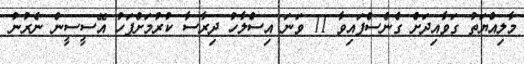
މާލިއްޔަތު ގަވާއިދަށް ގެނެސްފައިވާ 11 ވަނަ އިސްލާހު ދިރާސާ ކުރުމަށްފަހު އޭސީސީން ނެރުނު